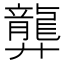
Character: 龏